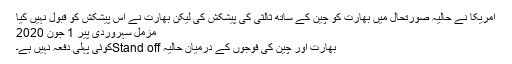
امریکا نے حالیہ صورتحال میں بھارت کو چین کے ساتھ ثالثی کی پیشکش کی لیکن بھارت نے اس پیشکش کو قبول نہیں کیا
مزمل سہروردی پير 1 جون 2020
بھارت اور چین کی فوجوں کے درمیان حالیہ Stand offکوئی پہلی دفعہ نہیں ہے۔